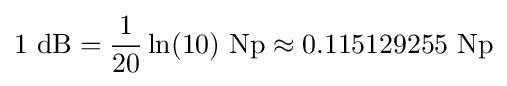
1\ \mathrm {dB} ={\frac {1}{20}}\ln(10)\ \mathrm {Np} \approx {\text{0.115129255 Np}}